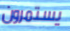
يستمرون